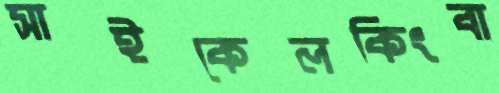
সাইকেলকিংবা